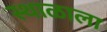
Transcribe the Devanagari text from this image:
स्थाळाला